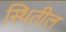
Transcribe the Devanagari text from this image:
स्थितील